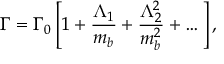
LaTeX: \Gamma = \Gamma _ { 0 } \left[ 1 + { \frac { \Lambda _ { 1 } } { m _ { b } } } + { \frac { \Lambda _ { 2 } ^ { 2 } } { m _ { b } ^ { 2 } } } + \dots \right] ,